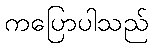
ကပြောပါသည်